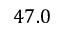
4 7 . 0